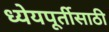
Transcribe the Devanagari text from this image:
ध्येयपूर्तीसाठी